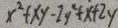
x ^ { 2 } + x y - 2 y ^ { 2 } + x + 2 y